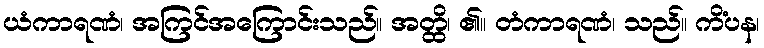
ယံကာရဏံ၊ အကြင်အကြောင်းသည်။ အတ္ထိ၊ ၏။ တံကာရဏံ၊ သည်။ ကိံပန၊